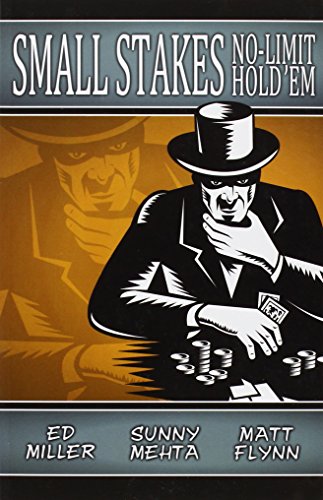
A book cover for Small Stakes No-Limit Hold'em; Ed Miller; Humor & Entertainment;